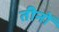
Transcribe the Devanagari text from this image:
तीनोँ